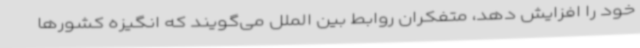
خود را افزایش دهد، متفکران روابط بین الملل می‌گویند که انگیزه کشورها